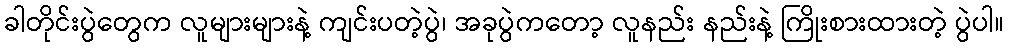
ခါတိုင်းပွဲတွေက လူများများနဲ့ ကျင်းပတဲ့ပွဲ၊ အခုပွဲကတော့ လူနည်း နည်းနဲ့ ကြိုးစားထားတဲ့ ပွဲပါ။